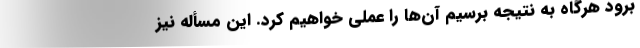
برود هرگاه به نتیجه برسیم آن‌ها را عملی خواهیم کرد. این مسأله نیز